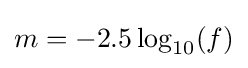
m=-2.5\log _{10}(f)